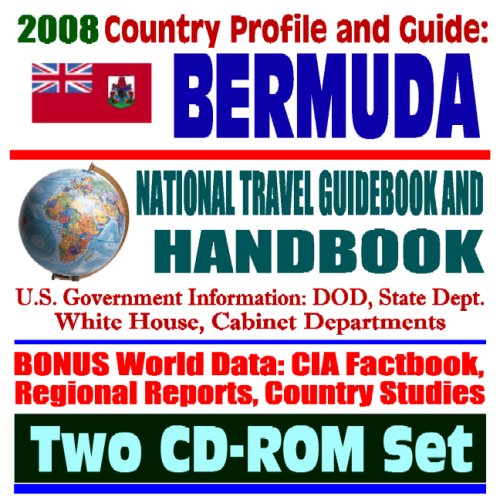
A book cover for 2008 Country Profile and Guide to Bermuda - National Travel Guidebook and Handbook, Bermuda Triangle, Hurricanes, Caribbean in World War II (Two CD-ROM Set); U.S. Government; Travel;